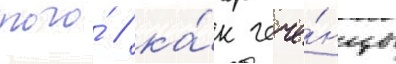
того́ / ка́к чече́нцы